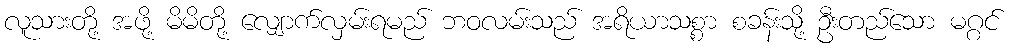
လူသားတို့ အဖို့ မိမိတို့ လျှောက်လှမ်းရမည် ဘဝလမ်းသည် အရိယာသစ္စာ စခန်းသို့ ဦးတည်သော မဂ္ဂင်